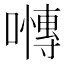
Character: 𭋪